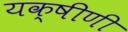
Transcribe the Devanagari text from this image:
यक्षीणी